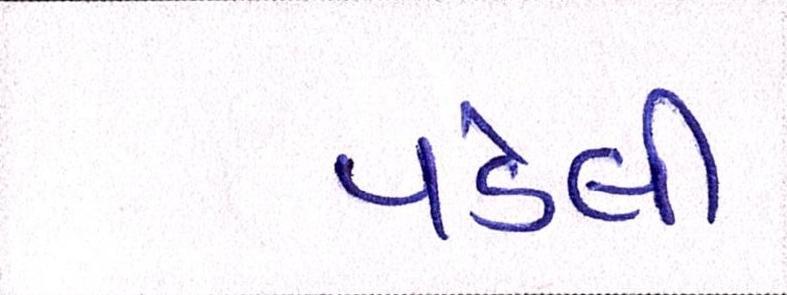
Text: પડેલી